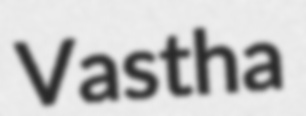
Vastha